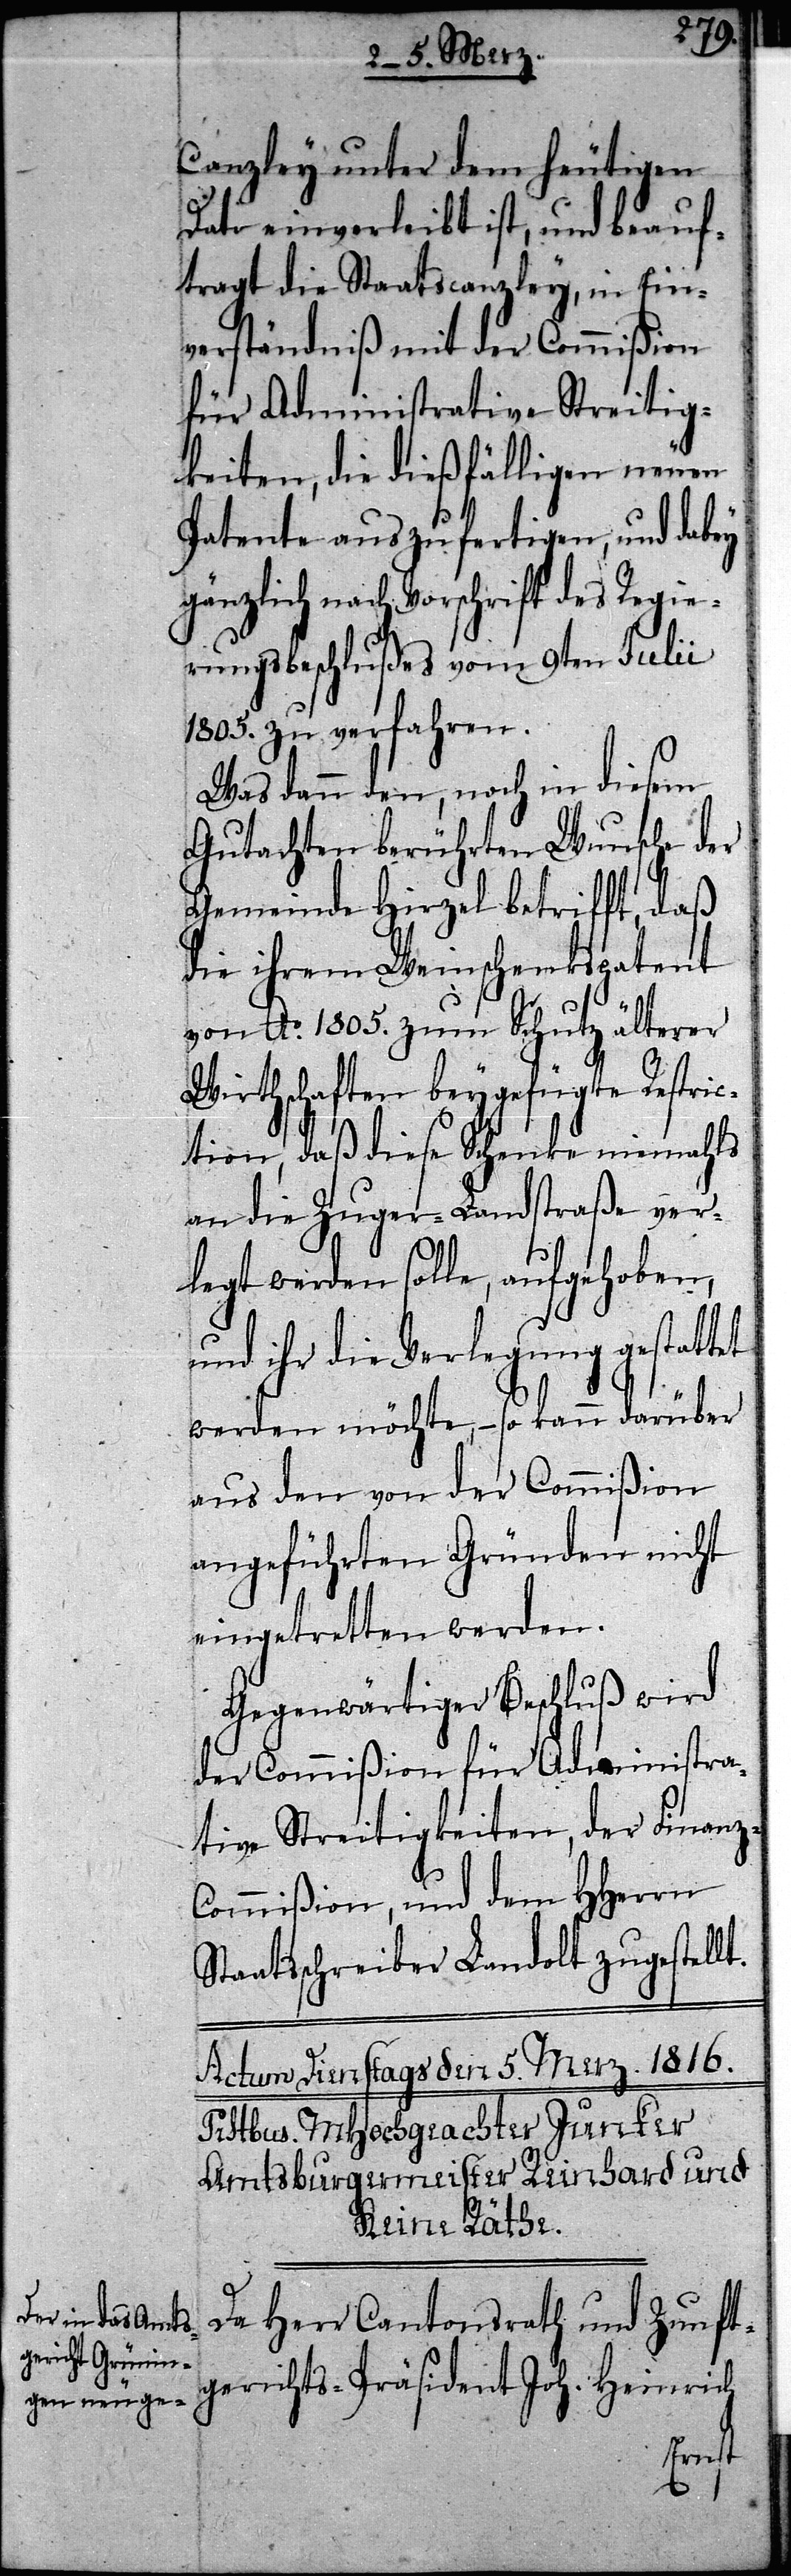
z-C¬
Canzley unter dem heutigen
Dato einverleibt ist, und beauf¬
tragt die Staatscanzley, in Ein¬
verständniß mit der Commißion
für Administrative Streitig¬
keiten, die dießfälligen neuen
Patente auszufertigen, und dabey
gänzlich nach Vorschrift des Regie¬
rungsbeschlußes vom 9ten Julii
1805. zu verfahren.
Was dann den, noch in diesem
Gutachten berührten Wunsche der
Gemeinde Hirzel betrifft, daß
die ihrem Weinschenkspatent
von Ao. 1805. zum Schutz älterer
Wirtschaften beygefügte Restric¬
tion, daß diese Schenke niemahls
an die Zuger-Landstraße ver¬
legt werden solle, aufgehoben,
und ihr die Verlegung gestattet
werden möchte, – so kann darüber
aus den von der Commißion
angeführten Gründen nicht
eingetretten werden.
Gegenwärtiger Beschluß wird
der Commißion für Administra¬
tive Streitigkeiten, der Finan¬
ommißion, und dem HHerrn
Staatsschreiber Landolt zugestellt.
Da Herr Cantonsrath und Zunft¬
gerichts-Präsident Joh. Heinrich